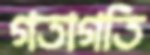
গতাগতি